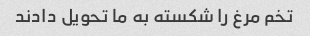
تخم مرغ را شکسته به ما تحویل دادند